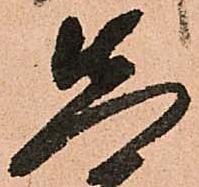
先